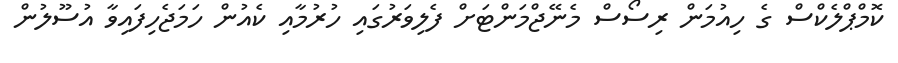
ކޮމްޕްލެކްސް ގެ ހިއުމަން ރިސޯސް މެނޭޖްމަންޓަށް ފެލިވަރުގައި ހުރުމާއި ކެއުން ހަމަޖެހިފައިވާ އުސޫލުން